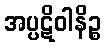
အပ္ပဋိဝါနိဉ္စ